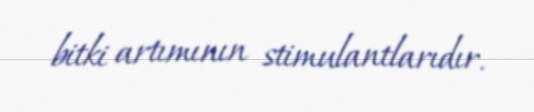
bitki artımının stimulantlarıdır.